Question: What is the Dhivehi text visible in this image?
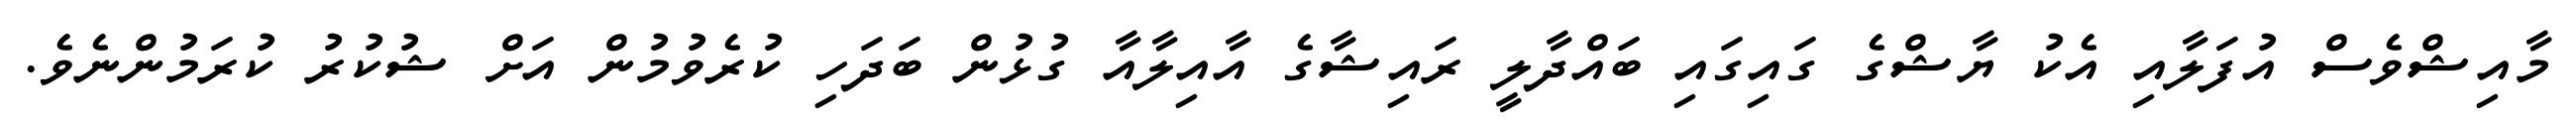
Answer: މާއިޝްވެސް އުފަލާއި އެކު ޔާޝްގެ ގައިގައި ބައްދާލީ ރައިޝާގެ އާއިލާއާ ގުޅުން ބަދަހި ކުރެވުމުން އަށް ޝުކުރު ކުރަމުންނެވެ.